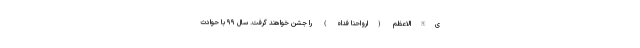
ی‌الله‌الاعظم (ارواحنا فداه) را جشن خواهند گرفت. سال ۹۹ با حوادث